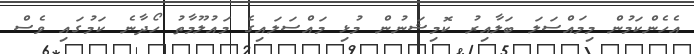
އެހެންކަމުން މިމައްސަލަ ބަލާއިރު ކޮމިޝަނުން މުޅި މައްސަލައިގެ މައުލޫމާތު ހޯދާނެ ކަމުގައި ވެސް